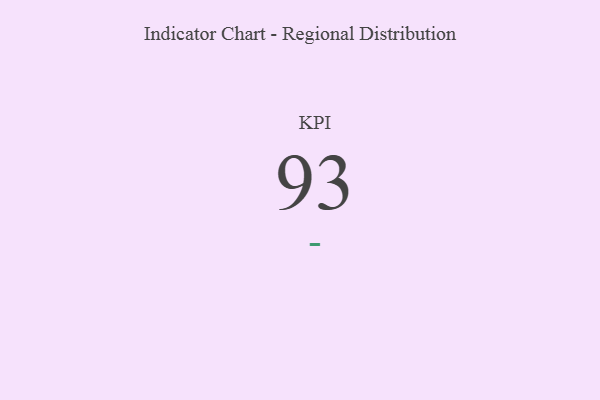
{"axis": {"x": "KPI", "y": "Value"}, "legend": [""], "data": [{"x": "KPI", "y": 93, "type": ""}]}